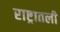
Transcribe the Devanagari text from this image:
राष्ट्रातली